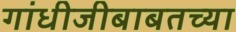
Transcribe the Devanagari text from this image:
गांधीजीबाबतच्या